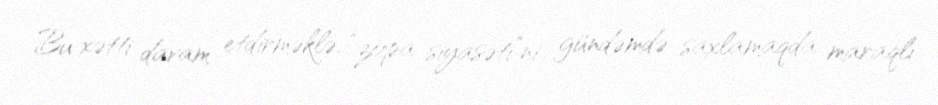
Bu xətti davam etdirməklə, “zopa siyasəti”ni gündəmdə saxlamaqda maraqlı